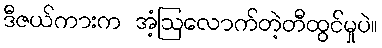
ဒီဇယ်ကားက အံ့ဩလောက်တဲ့တီထွင်မှုပဲ။